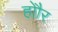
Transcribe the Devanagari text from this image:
होौर